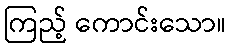
ကြည့် ကောင်းသော။